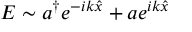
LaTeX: E \sim a ^ { \dagger } e ^ { - i k \hat { x } } + a e ^ { i k \hat { x } }